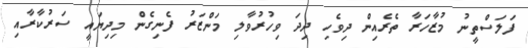
ފަލަސްތީނު މުޒާހަރާ ތެރެއިން ދިވެހި ދިދަ ވިހުރުވާލި މަންޒަރު ފެނިގެން މިދިޔައީ ސަރުކާރާއި